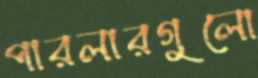
পারলারগুলো